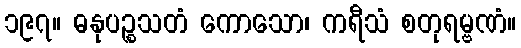
၁၉၇။ ဓနုပဉ္စသတံ ကောသော၊ ကရီသံ စတုရမ္ဗဏံ။